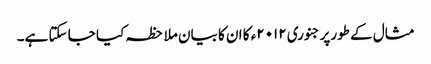
مثال کے طورپرجنوری ۲۰۱۲ء کا ان کا بیان ملاحظہ کیا جا سکتا ہے۔